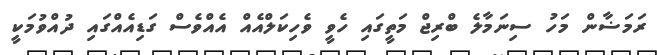
ރަމަޟާން މަހު ސިނަމާލެ ބްރިޖް މަތީގައި ހެވީ ވެހިކަލްއެއް އެއްވެސް ގަޑިއެއްގައި ދުއްވުމަކީ